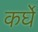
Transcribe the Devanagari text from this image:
कर्घे